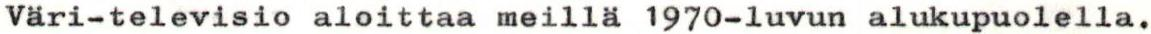
Väri-televisio aloittaa meillä 1970-luvun alukupuolella.